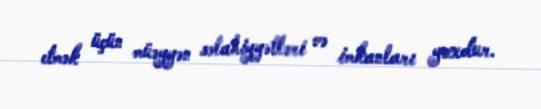
etmək üçün müəyyən səlahiyyətləri və imkanları yoxdur.